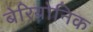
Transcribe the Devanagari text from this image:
बेरियोनिक